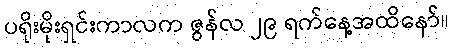
ပရိုးမိုးရှင်းကာလက ဇွန်လ ၂၉ ရက်နေ့အထိနော်။